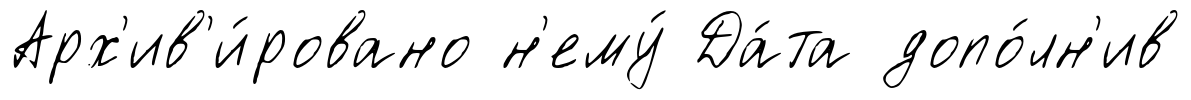
Арх'ив'и́ровано н'ему́ Да́та допо́лн'ив